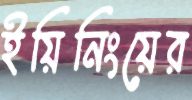
ইয়িনিংয়ের